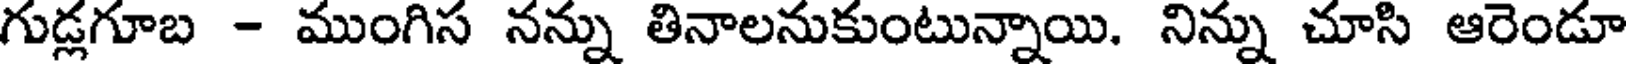
గుడ్లగూబ - ముంగిస నన్ను తినాలనుకుంటున్నాయి. నిన్ను చూసి ఆరెండూ